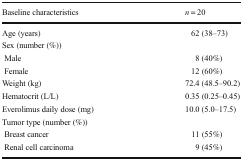
<table><thead><tr><td><b>Baseline characteristics</b></td><td><b><i>n</i> = 20</b></td></tr></thead><tbody><tr><td>Age (years)</td><td>62 (38–73)</td></tr><tr><td colspan="2">Sex (number (%))</td></tr><tr><td> Male</td><td>8 (40%)</td></tr><tr><td> Female</td><td>12 (60%)</td></tr><tr><td>Weight (kg)</td><td>72.4 (48.5–90.2)</td></tr><tr><td>Hematocrit (L/L)</td><td>0.35 (0.25–0.45)</td></tr><tr><td>Everolimus daily dose (mg)</td><td>10.0 (5.0–17.5)</td></tr><tr><td colspan="2">Tumor type (number (%))</td></tr><tr><td> Breast cancer</td><td>11 (55%)</td></tr><tr><td> Renal cell carcinoma</td><td>9 (45%)</td></tr></tbody></table>